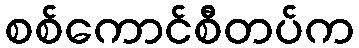
စစ်ကောင်စီတပ်က